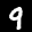
Label: 9